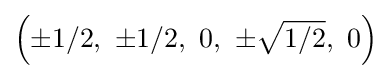
\left(\pm 1/2,\ \pm 1/2,\ 0,\ \pm {\sqrt {1/2}},\ 0\right)